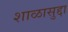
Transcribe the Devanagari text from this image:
शाळासुद्दा